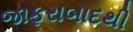
જાફરાબાદથી